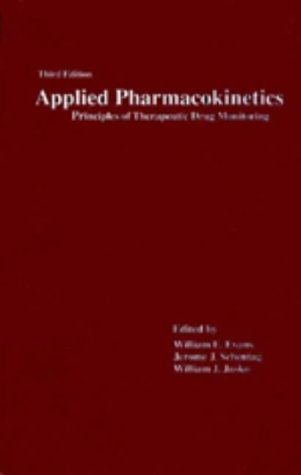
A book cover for Applied Pharmacokinetics; Evans; Medical Books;